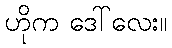
ဟိုက ဒေါ်လေး။